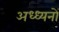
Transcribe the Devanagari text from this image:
अध्ध्यनों